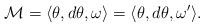
LaTeX: \begin{gather*}{\mathcal M} =\langle \theta, d\theta, \omega \rangle=\langle \theta, d\theta, \omega' \rangle.\end{gather*}